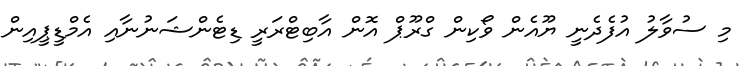
މި ސުވާލު އުފެދެނީ ޔޫއެން ވޯކިން ގްރޫޕް އޮން އާބިޓްރަރީ ޑިޓެންޝަނުނާއި އެމްޑީޕީއިން